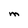
Character: M